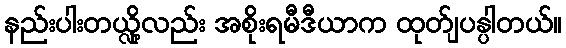
နည်းပါးတယ္လို့လည်း အစိုးရမီဒီယာက ထုတ်ျပန္ပါတယ်။